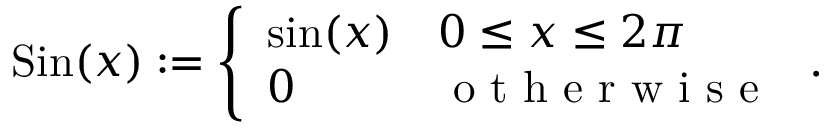
\begin{array} { r } { \mathrm { S i n } ( x ) : = \left\{ \begin{array} { l l } { \sin ( x ) } & { 0 \le x \le 2 \pi } \\ { 0 } & { \textrm { o t h e r w i s e } } \end{array} \right. . } \end{array}